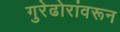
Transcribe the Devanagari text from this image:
गुरेढोरांवरून